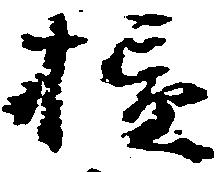
損